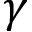
\gamma